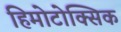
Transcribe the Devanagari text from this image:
हिमोटोक्सिक